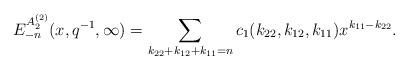
LaTeX: \begin{align*}E_{-n}^{A_2^{(2)} }(x,q^{-1},\infty)=\sum_{k_{22}+k_{12}+k_{11}=n}c_1(k_{22},k_{12},k_{11})x^{k_{11}-k_{22}}.\end{align*}